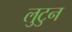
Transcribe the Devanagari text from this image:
लुटुन